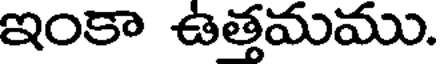
ఇంకా ఉత్తమము.